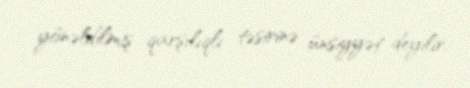
yönəldilmiş qarşılıqlı təsirinə ünsiyyət deyilir.